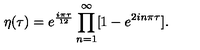
\displaystyle \eta ( \tau ) = e ^ { \frac { i \pi \tau } { 1 2 } } \prod _ { n = 1 } ^ { \infty } [ 1 - e ^ { 2 i n \pi \tau } ] .